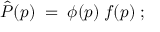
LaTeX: \hat { P } ( p ) \; = \; \phi ( p ) \: f ( p ) \; ;